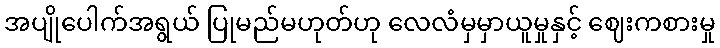
အပျိုပေါက်အရွယ် ပြုမည်မဟုတ်ဟု လေလံမှမှာယူမှုနှင့် ဈေးကစားမှု